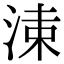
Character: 𣷵